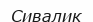
Сивалик